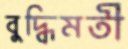
বুদ্ধিমতী